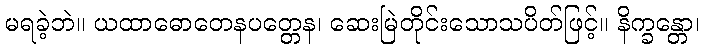
မရခဲ့ဘဲ။ ယထာဓောတေနပတ္တေန၊ ဆေးမြဲတိုင်းသောသပိတ်ဖြင့်။ နိက္ခန္တော၊